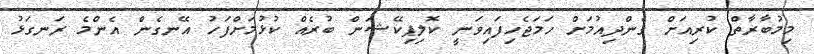
މިމުބާރާތް ކުރިއަށް ގެންދިއުމަށް ހަމަޖެހިފައިވަނީ ކޮލިޕިކޭޝަން ބުރެއް ކުޅުމަށްފަހު އޭނގެން އެންމެ ރަނގަޅު